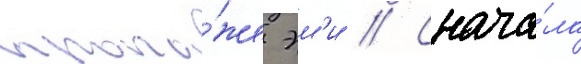
пропа́же эм'и // Снача́ла